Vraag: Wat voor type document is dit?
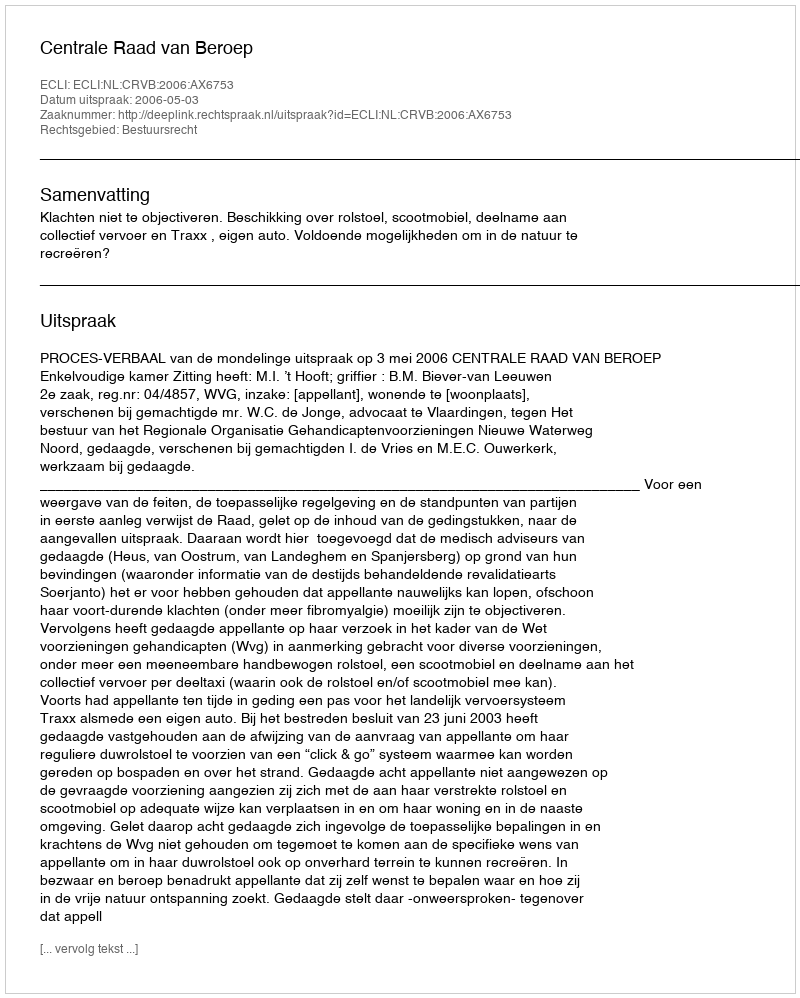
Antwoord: Uitspraak